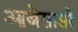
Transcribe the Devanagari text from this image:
आजेसासरे